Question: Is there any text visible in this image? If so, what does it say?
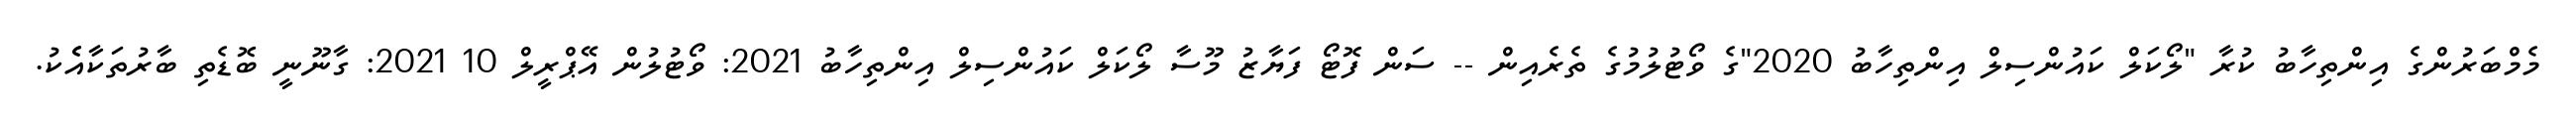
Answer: މެމްބަރުންގެ އިންތިހާބު ކުރާ "ލޯކަލް ކައުންސިލް އިންތިހާބު 2020"ގެ ވޯޓުލުމުގެ ތެރެއިން -- ސަން ފޮޓޯ ފަޔާޒު މޫސާ ލޯކަލް ކައުންސިލް އިންތިހާބު 2021: ވޯޓުލުން އޭޕްރީލް 10 2021: ގާނޫނީ ބޮޑެތި ބާރުތަކާއެެކު.